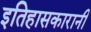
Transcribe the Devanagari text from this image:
इतिहासकारानी